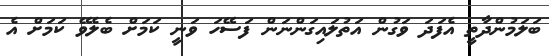
ބަލަމުންދާތީ އެފަދަ ވަގުން އަތުލައިގަންނަން ފަސޭހަ ވަނީ ކަމަށް ބެލެވޭ ކަމަށް އެ